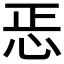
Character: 𢘫